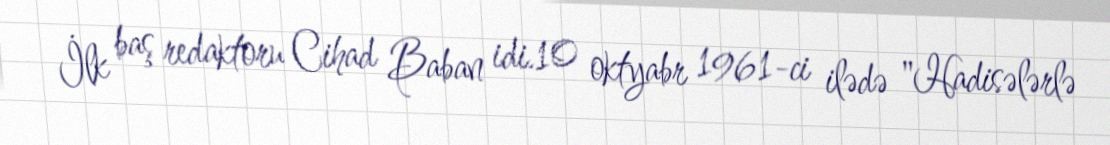
İlk baş redaktoru Cihad Baban idi.10 oktyabr 1961-ci ilədə "Hadisələrlə